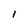
Character: 1